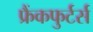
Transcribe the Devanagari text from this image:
फ्रैंकफुर्टर्स